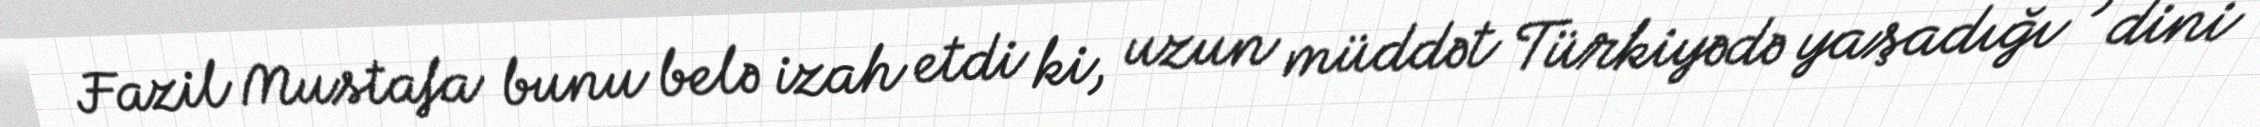
Fazil Mustafa bunu belə izah etdi ki, uzun müddət Türkiyədə yaşadığı , dini